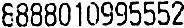
8888010995552